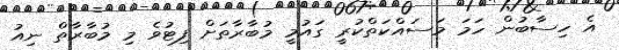
އެ ހިސާބުން ހަމަ މަސައްކަތްކުރީ ގައުމީ މުބާރާތަށް ފިޓުވެ މި މުބާރާތް ނިއު